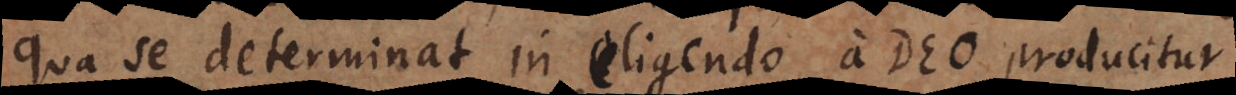
qua se determinat in eligendo a Deo producitur.